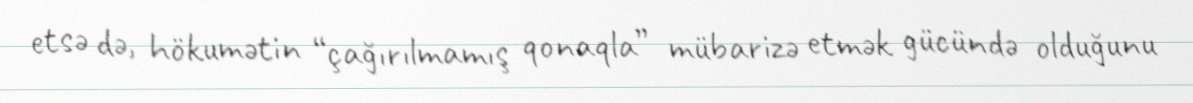
etsə də, hökumətin “çağırılmamış qonaqla” mübarizə etmək gücündə olduğunu